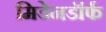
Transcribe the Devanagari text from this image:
मिडेनडॉर्फ